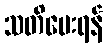
သတိပေးရန်